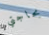
بحاجتي